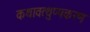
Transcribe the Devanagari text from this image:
कथावत्थुप्पकरण